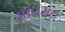
મોદીટાટા